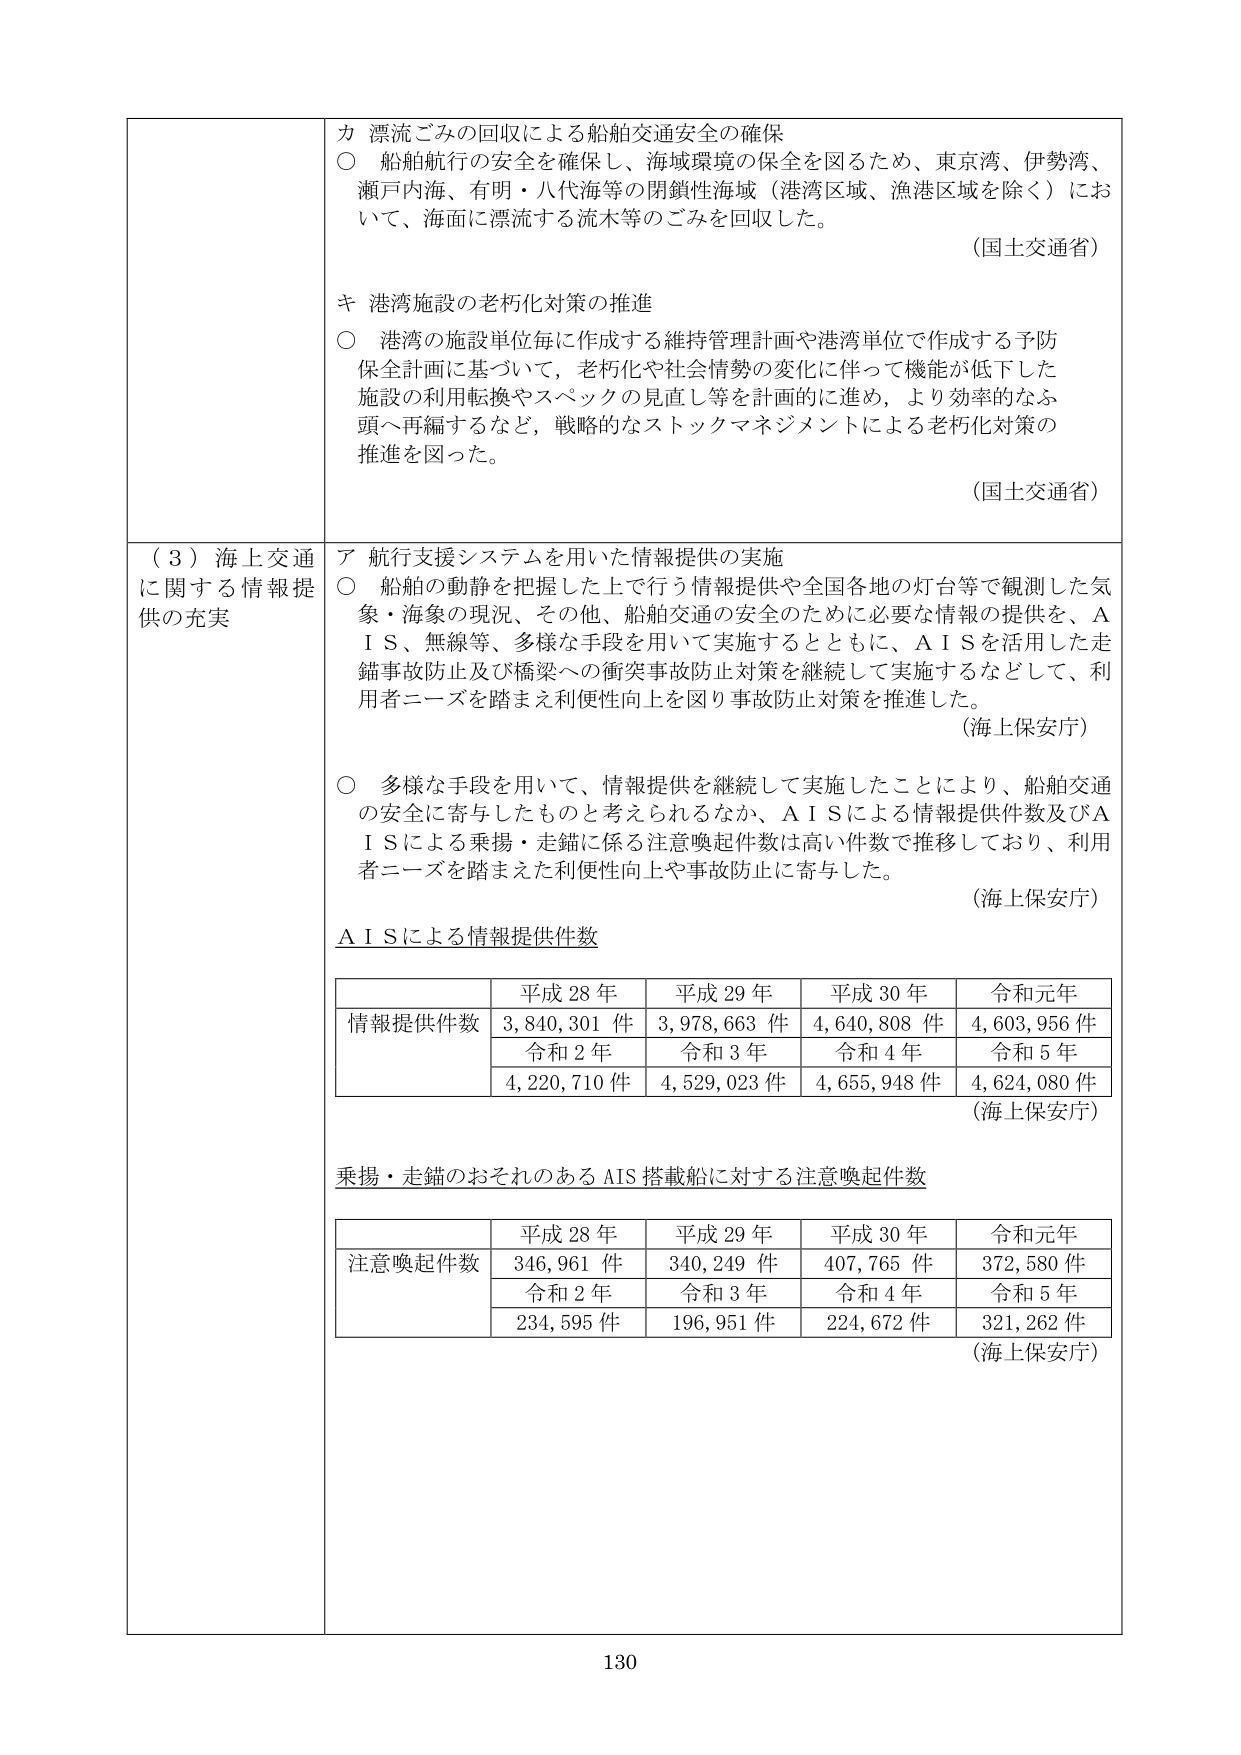
カ 漂流ごみの回収による船舶交通安全の確保
○ 船舶航行の安全を確保し、海域環境の保全を図るため、東京湾、伊勢湾、
瀬戸内海、有明・八代海等の閉鎖性海域（港湾区域、漁港区域を除く）にお
いて、海面に漂流する流木等のごみ等を回収した。
（国土交通省）

キ 港湾施設の老朽化対策の推進
○ 港湾の施設単位毎に作成する維持管理計画や港湾単位で作成する予防
保全計画に基づいて、老朽化や社会情勢の変化に伴って機能が低下した
施設の利用転換やスペックの見直し等を計画的に進め、より効率的なふ
頭へ再編するなど、戦略的なストックマネジメントによる老朽化対策の
推進を図った。
（国土交通省）

（３）海上交通
に関する情報提
供の充実

ア 航行支援システムを用いた情報提供の実施
○ 船舶の動静を把握した上で行う情報提供や全国各地の灯台等で観測した気
象・海象の現況、その他、船舶交通の安全のために必要な情報の提供を、Ａ
ＩＳ、無線等、多様な手段を用いて実施するとともに、ＡＩＳを活用した走
錨事故防止及び橋梁への衝突事故防止対策を継続して実施するなどして、利
用者ニーズを踏まえ利便性向上を図り事故防止対策を推進した。
（海上保安庁）

○ 多様な手段を用いて、情報提供を継続して実施したことにより、船舶交通
の安全に寄与したものと考えられるなか、ＡＩＳによる情報提供件数及びＡ
ＩＳによる乗揚・走錨に係る注意喚起件数は高い件数で推移しており、利用
者ニーズを踏まえた利便性向上や事故防止に寄与した。
（海上保安庁）

ＡＩＳによる情報提供件数

| | 平成28年 | 平成29年 | 平成30年 | 令和元年 |
|---|---|---|---|---|
| 情報提供件数 | 3,840,301件 | 3,978,663件 | 4,640,808件 | 4,603,956件 |
| | 令和2年 | 令和3年 | 令和4年 | 令和5年 |
| | 4,220,710件 | 4,529,023件 | 4,655,948件 | 4,624,080件 |
（海上保安庁）

乗揚・走錨のおそれのあるAIS搭載船に対する注意喚起件数

| | 平成28年 | 平成29年 | 平成30年 | 令和元年 |
|---|---|---|---|---|
| 注意喚起件数 | 346,961件 | 340,249件 | 407,765件 | 372,580件 |
| | 令和2年 | 令和3年 | 令和4年 | 令和5年 |
| | 234,595件 | 196,951件 | 224,672件 | 321,262件 |
（海上保安庁）

130